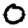
Digit: 0